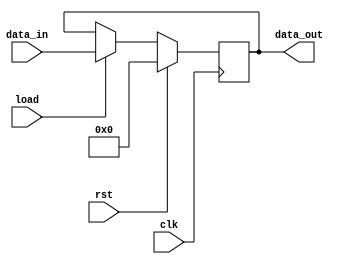
`default_nettype none
`timescale 1ns/1ps

module Register #(parameter DataWidth = 8) (
    input wire [DataWidth-1:0] data_in,
    input wire load,
    input wire clk,
    input wire rst,
    output reg [DataWidth-1:0] data_out
);
    
    always @(posedge clk) begin
        if (rst)
            data_out <= 0;
        else
            if (load)
                data_out <= data_in;
    end
endmodule